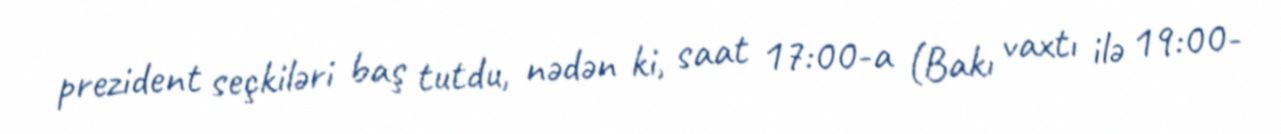
prezident seçkiləri baş tutdu, nədən ki, saat 17:00-a (Bakı vaxtı ilə 19:00-